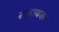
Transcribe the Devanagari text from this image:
साहायक